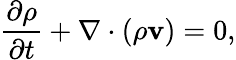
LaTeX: \frac{\partial\rho}{\partial t}+{\mathbf\nabla}\cdot(\rho{\mathbf v})=0,